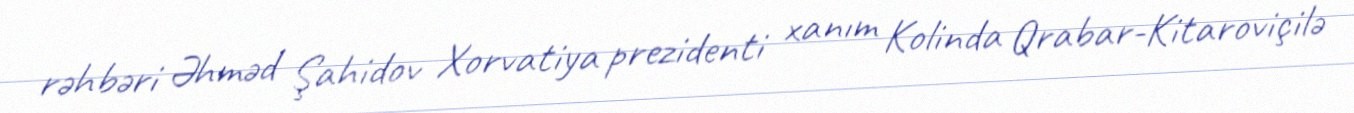
rəhbəri Əhməd Şahidov Xorvatiya prezidenti xanım Kolinda Qrabar-Kitaroviçilə